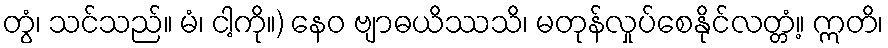
တွံ၊ သင်သည်။ မံ၊ ငါ့ကို။) နေဝ ဗျာဓယိဿသိ၊ မတုန်လှုပ်စေနိုင်လတ္တံ့။ ဣတိ၊